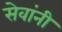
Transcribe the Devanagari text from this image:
सेवांनी